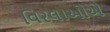
વિરલાઓએ